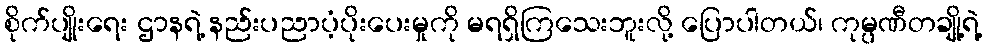
စိုက်ပျိုးရေး ဌာနရဲ့ နည်းပညာပံ့ပိုးပေးမှုကို မရရှိကြသေးဘူးလို့ ပြောပါတယ်၊ ကုမ္ပဏီတချို့ရဲ့